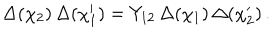
LaTeX: \Delta ( \chi _ { 2 } ) \, \Delta ( \chi _ { 1 } ^ { \prime } ) = Y _ { 1 2 } \, \Delta ( \chi _ { 1 } ) \, \Delta ( \chi _ { 2 } ^ { \prime } ) \, .